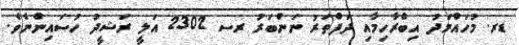
ޑރ. މުހައްމަދު އިބްރާހިމާއި ދަފްތަރު ނަންބަރު ރސ 2302 އަލީ ރަޝީދު ހުސައިންނެވެ.